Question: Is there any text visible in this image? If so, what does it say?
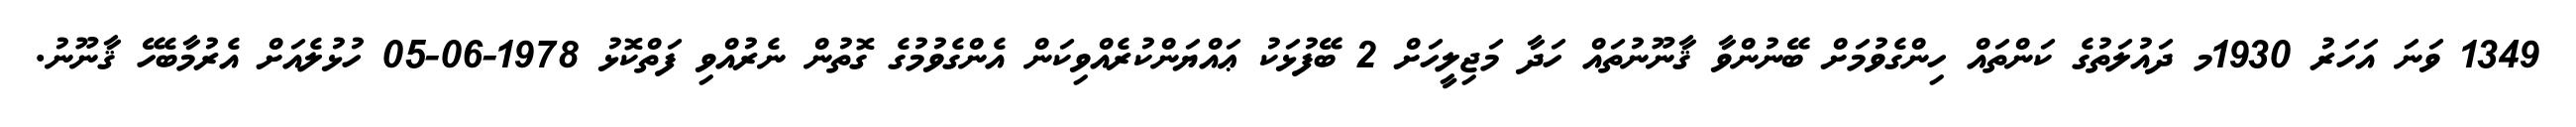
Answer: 1349 ވަނަ އަހަރު 1930މ ދައުލަތުގެ ކަންތައް ހިންގެވުމަށް ބޭނުންވާ ޤާނޫނުތައް ހަދާ މަޖިލީހަށް 2 ބޭފުޅަކު ޢައްޔަންކުރެއްވިކަން އެންގެވުމުގެ ގޮތުން ނެރުއްވި ފަތްކޮޅު 1978-06-05 ހުޅުލެއަށް އެރުމާބެހޭ ޤާނޫނު.